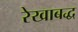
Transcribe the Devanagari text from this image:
रेखाबद्ध